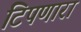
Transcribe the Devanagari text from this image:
टिपणारा